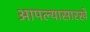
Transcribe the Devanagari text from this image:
आपल्यासारखे